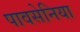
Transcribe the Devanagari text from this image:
पावसेनिया